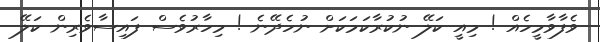
ވެފާވާމީހެއް ! މިއީ ކަލޭ ނުކުރާކަމަކަށް ނުހެދޭނެ ! މިހާރުވެސް ފައިސާވެރިން ކަލޭ